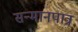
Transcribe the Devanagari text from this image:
सन्‍मानपात्र